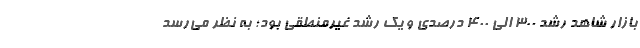
بازار شاهد رشد ۳۰۰ الی ۴۰۰ درصدی و یک رشد غیرمنطقی بود؛ به نظر می‌رسد